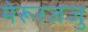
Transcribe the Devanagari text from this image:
मेरूरजजु